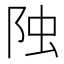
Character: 𨹁